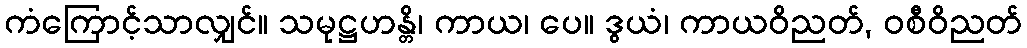
ကံကြောင့်သာလျှင်။ သမုဋ္ဌဟန္တိ၊ ကာယ၊ ပေ။ ဒွယံ၊ ကာယဝိညတ်, ဝစီဝိညတ်